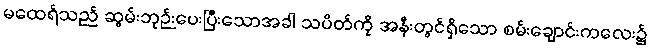
မထေရ်သည် ဆွမ်းဘုဉ်းပေးပြီးသောအခါ သပိတ်ကို အနီးတွင်ရှိသော စမ်းချောင်းကလေး၌